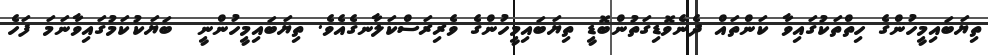
ތިޔަބައިމީހުންގެ ހިތްތަކުގައިވާ ކަންތައް ދެނެވޮޑިގަތުންބޮޑީ ތިޔަބައިމީހުންގެ ވެރިރަސްކަލާނގެއެވެ. ތިޔަބައިމީހުންނީ  ބަޔަކުކަމުގައިވާނަމަ ފަހެ